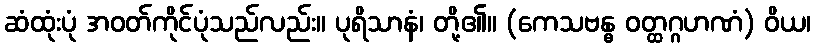
ဆံထုံးပုံ အဝတ်ကိုင်ပုံသည်လည်း။ ပုရိသာနံ၊ တို့၏။ (ကေသဗန္ဓ ဝတ္ထဂ္ဂဟဏံ) ဝိယ၊